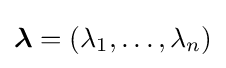
{\boldsymbol {\lambda }}=(\lambda _{1},\ldots ,\lambda _{n})